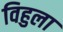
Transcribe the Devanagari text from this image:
विहुला